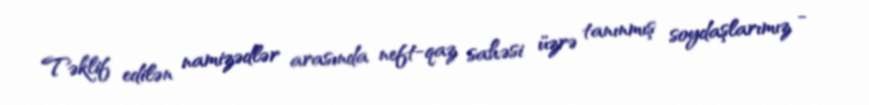
Təklif edilən namizədlər arasında neft-qaz sahəsi üzrə tanınmış soydaşlarımız -